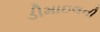
ડીમાઇલની